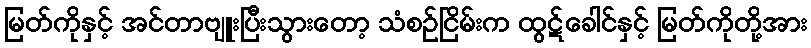
မြတ်ကိုနှင့် အင်တာဗျူးပြီးသွားတော့ သံစဉ်ငြိမ်းက ထွဋ်ခေါင်နှင့် မြတ်ကိုတို့အား